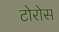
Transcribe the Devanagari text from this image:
टोरोस